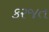
કરજત